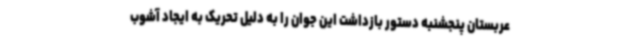
عربستان پنجشنبه دستور بازداشت این جوان را به دلیل تحریک به ایجاد آشوب